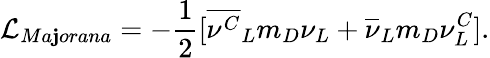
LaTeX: {\cal{L}}_{Ma\mathbf{j}orana}=-{\frac{{1}}{{2}}}[{\overline{{{{\nu^{C}}}}}}_{L}{m_{D}}\nu_{L}+{\overline{{{{\nu}}}}}_{L}{m_{D}}\nu_{L}^{C}].